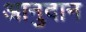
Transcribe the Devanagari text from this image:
आनुदान